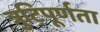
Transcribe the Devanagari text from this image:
त्रुटिपूर्णता